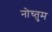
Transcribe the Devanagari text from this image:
नोच्तुम